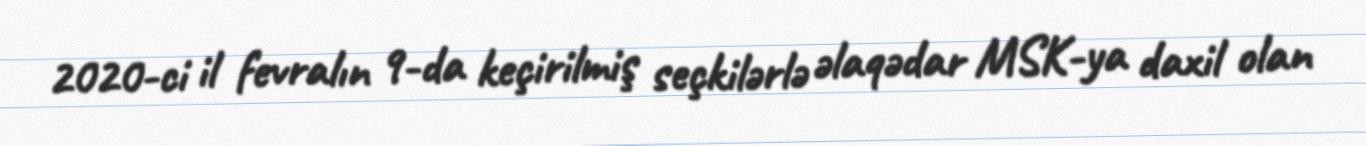
2020-ci il fevralın 9-da keçirilmiş seçkilərlə əlaqədar MSK-ya daxil olan